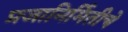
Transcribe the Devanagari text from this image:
प्रजानिर्मितीचे